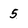
Character: 5